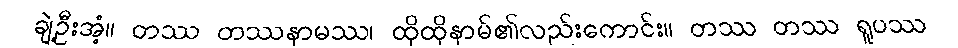
ချဲ့ဦးအံ့။ တဿ တဿနာမဿ၊ ထိုထိုနာမ်၏လည်းကောင်း။ တဿ တဿ ရူပဿ